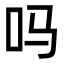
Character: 吗